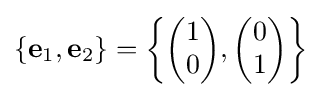
\left\{\mathbf {e} _{1},\mathbf {e} _{2}\right\}=\left\{{\begin{pmatrix}1\\0\end{pmatrix}},{\begin{pmatrix}0\\1\end{pmatrix}}\right\}